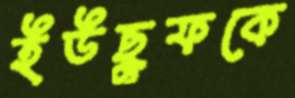
ইউছুফকে